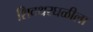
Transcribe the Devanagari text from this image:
शिवथरघळीला